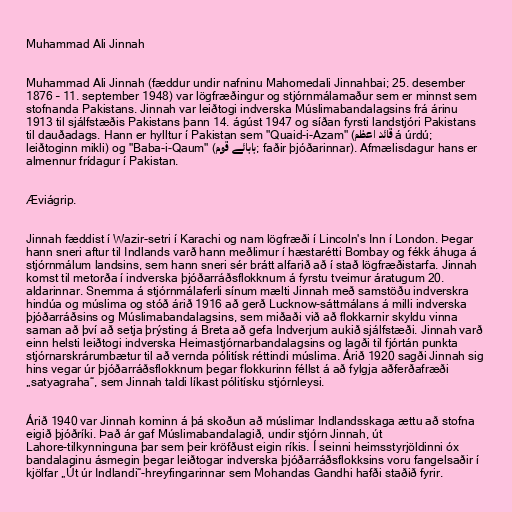
Muhammad Ali Jinnah

Muhammad Ali Jinnah (fæddur undir nafninu Mahomedali Jinnahbai; 25. desember
1876 – 11. september 1948) var lögfræðingur og stjórnmálamaður sem er minnst sem
stofnanda Pakistans. Jinnah var leiðtogi indverska Múslimabandalagsins frá árinu
1913 til sjálfstæðis Pakistans þann 14. ágúst 1947 og síðan fyrsti landstjóri Pakistans
til dauðadags. Hann er hylltur í Pakistan sem "Quaid-i-Azam" (قائد اعظم á úrdú;
leiðtoginn mikli) og "Baba-i-Qaum" (بابائے قوم; faðir þjóðarinnar). Afmælisdagur hans er
almennur frídagur í Pakistan.

Æviágrip.

Jinnah fæddist í Wazir-setri í Karachi og nam lögfræði í Lincoln's Inn í London. Þegar
hann sneri aftur til Indlands varð hann meðlimur í hæstarétti Bombay og fékk áhuga á
stjórnmálum landsins, sem hann sneri sér brátt alfarið að í stað lögfræðistarfa. Jinnah
komst til metorða í indverska þjóðarráðsflokknum á fyrstu tveimur áratugum 20.
aldarinnar. Snemma á stjórnmálaferli sínum mælti Jinnah með samstöðu indverskra
hindúa og múslima og stóð árið 1916 að gerð Lucknow-sáttmálans á milli indverska
þjóðarráðsins og Múslimabandalagsins, sem miðaði við að flokkarnir skyldu vinna
saman að því að setja þrýsting á Breta að gefa Indverjum aukið sjálfstæði. Jinnah varð
einn helsti leiðtogi indverska Heimastjórnarbandalagsins og lagði til fjórtán punkta
stjórnarskrárumbætur til að vernda pólitísk réttindi múslima. Árið 1920 sagði Jinnah sig
hins vegar úr þjóðarráðsflokknum þegar flokkurinn féllst á að fylgja aðferðafræði
„satyagraha“, sem Jinnah taldi líkast pólitísku stjórnleysi.

Árið 1940 var Jinnah kominn á þá skoðun að múslimar Indlandsskaga ættu að stofna
eigið þjóðríki. Það ár gaf Múslimabandalagið, undir stjórn Jinnah, út
Lahore-tilkynninguna þar sem þeir kröfðust eigin ríkis. Í seinni heimsstyrjöldinni óx
bandalaginu ásmegin þegar leiðtogar indverska þjóðarráðsflokksins voru fangelsaðir í
kjölfar „Út úr Indlandi“-hreyfingarinnar sem Mohandas Gandhi hafði staðið fyrir.